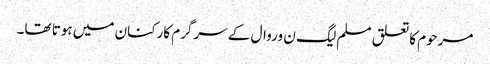
مرحوم کا تعلق مسلم لیگ ن وروال کے سرگرم کارکنان میں ہوتا تھا۔